Rangoon Lunatic Asylum 1898-1906 - 1898-1906
Year: 1898
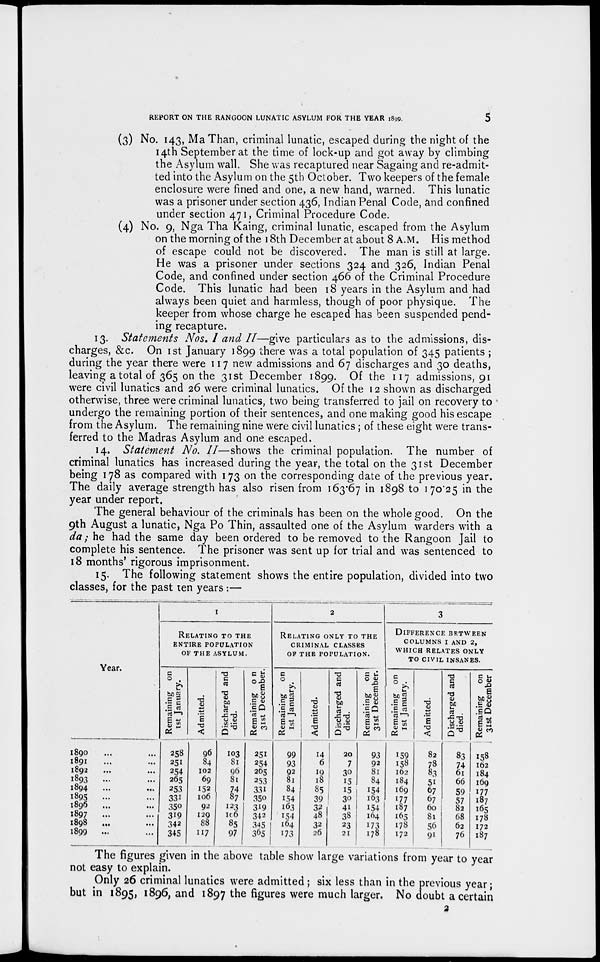
REPORT ON THE RANGOON LUNATIC ASYLUM FOR THE YEAR 1899.
5
(3) No. 143, Ma Than, criminal lunatic, escaped during the night of the
14th September at the time of lock-up and got away by climbing
the Asylum wall. She was recaptured near Sagaing and re-admit-
ted into the Asylum on the 5th October. Two keepers of the female
enclosure were fined and one, a new hand, warned. This lunatic
was a prisoner under section 436, Indian Penal Code, and confined
under section 471, Criminal Procedure Code.
(4) No. 9, Nga Tha Kaing, criminal lunatic, escaped from the Asylum
on the morning of the 18th December at about 8 A.M. His method
of escape could not be discovered. The man is still at large.
He was a prisoner under sections 324 and 326, Indian Penal
Code, and confined under section 466 of the Criminal Procedure
Code. This lunatic had been 18 years in the Asylum and had
always been quiet and harmless, though of poor physique. The
keeper from whose charge he escaped has been suspended pend-
ing recapture.
13. Statements Nos. I and II—give particulars as to the admissions, dis-
charges, &c. On 1st January 1899 there was a total population of 345 patients ;
during the year there were 117 new admissions and 67 discharges and 30 deaths,
leaving a total of 365 on the 31st December 1899. Of the 117 admissions, 91
were civil lunatics and 26 were criminal lunatics. Of the 12 shown as discharged
otherwise, three were criminal lunatics, two being transferred to jail on recovery to
undergo the remaining portion of their sentences, and one making good his escape
from the Asylum. The remaining nine were civil lunatics; of these eight were trans-
ferred to the Madras Asylum and one escaped.
14. Statement No. II—shows the criminal population. The number of
criminal lunatics has increased during the year, the total on the 31st December
being 178 as compared with 173 on the corresponding date of the previous year.
The daily average strength has also risen from 163.67 in 1898 to 170.25 in the
year under report.
The general behaviour of the criminals has been on the whole good. On the
9th August a lunatic, Nga Po Thin, assaulted one of the Asylum warders with a
da; he had the same day been ordered to be removed to the Rangoon Jail to
complete his sentence. The prisoner was sent up for trial and was sentenced to
18 months' rigorous imprisonment.
15. The following statement shows the entire population, divided into two
classes, for the past ten years:—
Year.
1890 ... ...
1891 ... ...
1892 ... ...
1893
... ...
1894 ... ...
1895
... ...
1896 ... ...
1897
... ...
1898
...
...
1899 ... ...
1
RELATING TO THE
ENTIRE POPULATION
OF THE ASYLUM.
Remaining on
1st January.
258
251
254
265
253
331
350
319
342
345
Admitted.
96
84
102
69
152
106
92
129
88
117
Discharged and
died.
103
81
96
81
74
87
123
106
85
97
Remaining on
31st December.
251
254
265
253
331
350
319
342
345
365
2
RELATING ONLY TO THE
CRIMINAL CLASSES
OF THE POPULATION.
Remaining on
1st January.
99
93
92
81
84
154
163
154
164
173
Admitted.
14
6
19
18
85
39
32
48
32
26
Discharged and
died.
20
7
30
15
15
30
41
38
23
21
Remaining on
31st December.
93
92
81
84
154
163
154
164
173
178
3
DIFFERENCE BETWEEN
COLUMNS 1 AND 2,
WHICH RELATES ONLY
TO CIVIL INSANES.
Remaining on
1st January.
159
158
162
184
169
177
187
165
178
172
Admitted.
82
78
83
51
67
67
60
81
56
91
Discharged and
died.
83
74
61
66
59
57
82
68
62
76
Remaining on
31st December
158
162
184
169
177
187
165
178
172
187
The figures given in the above table show large variations from year to year
not easy to explain.
Only 26 criminal lunatics were admitted ; six less than in the previous year;
but in 1895, 1896, and 1897 the figures were much larger. No doubt a certain
2